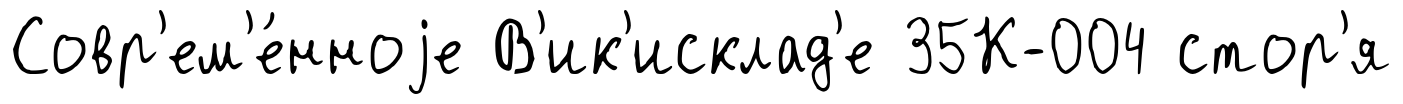
Совр'ем'е́нноjе В'ик'исклад'е 35К-004 стор'я